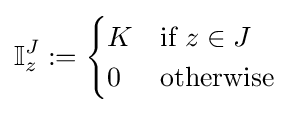
\mathbb {I} _{z}^{J}:={\begin{cases}K&{\text{if }}z\in J\\0&{\text{otherwise }}\end{cases}}